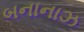
બનાનાઝ